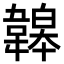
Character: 韟